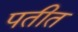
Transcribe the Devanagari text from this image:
पतीत